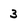
Character: 3